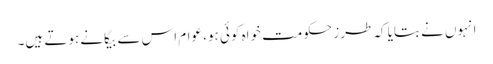
انہوں نے بتایا کہ طرز حکومت خواہ کوئی ہو، عوام اس سے بیگانے ہوتے ہیں۔